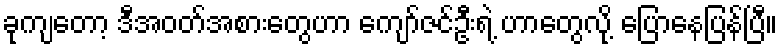
ခုကျတော့ ဒီအဝတ်အစားတွေဟာ ကျော်ဇင်ဦးရဲ့ ဟာတွေလို့ ပြောနေပြန်ပြီ။